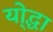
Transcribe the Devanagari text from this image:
यो्द्धा